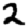
Digit: 2